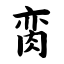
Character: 脔